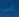
الى